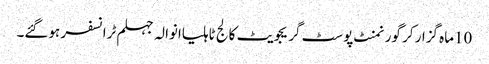
10ماہ گزار کر گورنمنٹ پوسٹ گریجویٹ کالج ٹاہلیاانوالہ جہلم ٹرانسفر ہوگئے۔